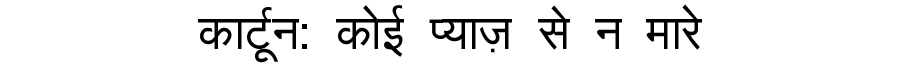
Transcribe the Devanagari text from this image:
कार्टून: कोई प्याज़ से न मारे